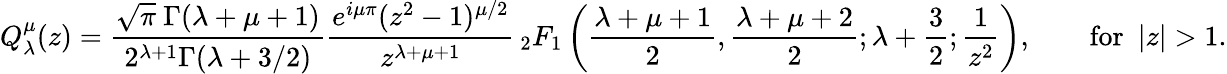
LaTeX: Q_{\lambda}^{\mu}(z)={\frac{{\sqrt{\pi}}\ \Gamma(\lambda+\mu+1)}{2^{\lambda+1}\Gamma(\lambda+3/2)}}{\frac{e^{i\mu\pi}(z^{2}-1)^{\mu/2}}{z^{\lambda+\mu+1}}}\, _{2}F_{1}\left({\frac{\lambda+\mu+1}{2}},{\frac{\lambda+\mu+2}{2}};\lambda+{\frac{3}{2}};{\frac{1}{z^{2}}}\right),\qquad{\mathrm{for}}\ \ |z|>1.